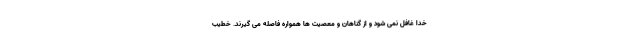
خدا غافل نمی شود و از گناهان و معصیت ها همواره فاصله می گیرند. خطیب